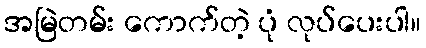
အမြဲတမ်း ကောက်တဲ့ ပုံ လုပ်ပေးပါ။